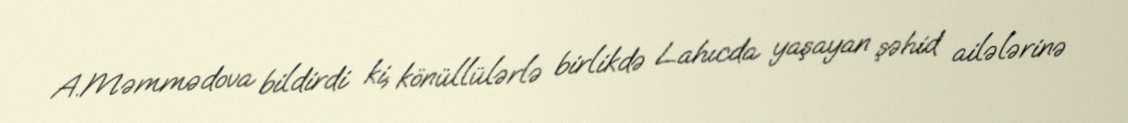
A.Məmmədova bildirdi ki, könüllülərlə birlikdə Lahıcda yaşayan şəhid ailələrinə